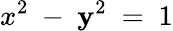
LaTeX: x^{2}\ -\ \mathbf{y}^{2}\ =\ 1